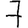
Digit: 7